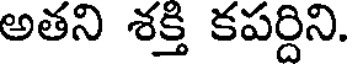
అతని శక్తి కపర్దిని.